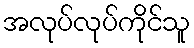
အလုပ်လုပ်ကိုင်သူ